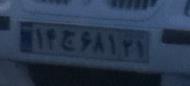
۱۴ج۶۸۱۲۱